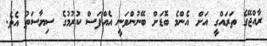
ރާއްޖޭގެ ތަރައްގީ އަށް އެންމެ ބޮޑަށް ބޭނުންވަނީ އެއްފަސް ކުރުމުގެ ސިޔާސަތު އެވެ.